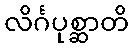
လိင်္ဂပုစ္ဆာတိ